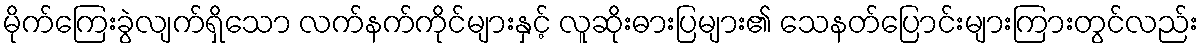
မိုက်ကြေးခွဲလျက်ရှိသော လက်နက်ကိုင်များနှင့် လူဆိုးဓားပြများ၏ သေနတ်ပြောင်းများကြားတွင်လည်း